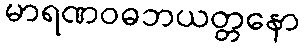
မာရဏဝဓဘယတ္တနော